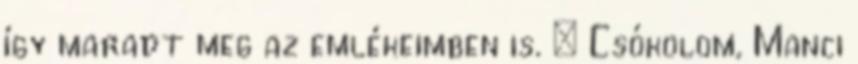
így maradt meg az emlékeimben is. – Csókolom, Manci